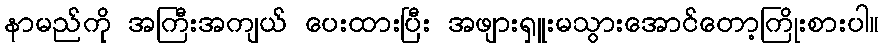
နာမည်ကို အကြီးအကျယ် ပေးထားပြီး အဖျားရှူးမသွားအောင်တော့ကြိုးစားပါ။